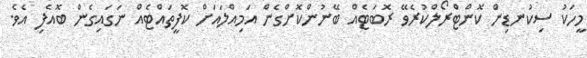
މީހަކު ސިކުނޑިން ކޮންޓްރޯލްކުރެވޭ ރޮބަޓެއް ބޭނުންކޮށްގެން އަމިއްލައަށް ކޮފީތައްޓެއް ނަގައިގެން ބޮއެފި އެވެ.